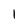
Character: 1